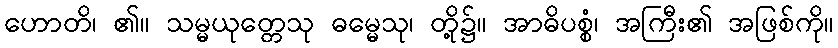
ဟောတိ၊ ၏။ သမ္မယုတ္တေသု ဓမ္မေသု၊ တို့၌။ အာဓိပစ္စံ၊ အကြီး၏ အဖြစ်ကို။